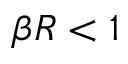
\beta R < 1